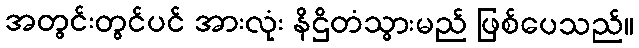
အတွင်းတွင်ပင် အားလုံး နိဌိတံသွားမည် ဖြစ်ပေသည်။